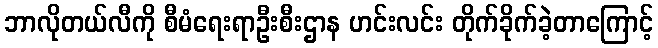
ဘာလိုတယ်လီကို စီမံရေးရာဦးစီးဌာန ဟင်းလင်း တိုက်ခိုက်ခဲ့တာကြောင့်